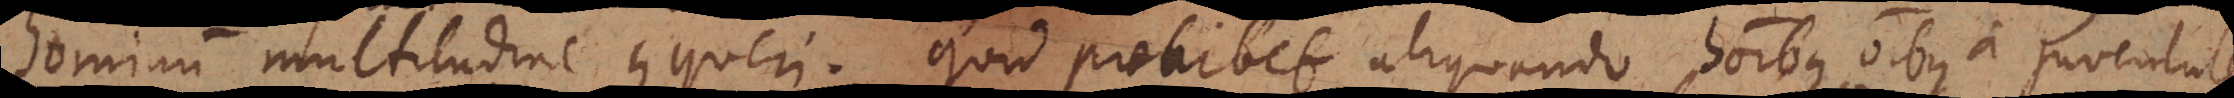
hominum multitudine conqueri. Quid prohibet aliquando hominibus omnibus a juventute